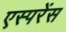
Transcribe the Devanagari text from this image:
एस्परेंस